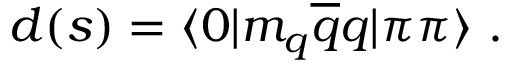
d ( s ) = \langle 0 | m _ { q } \overline { { { q } } } q | \pi \pi \rangle \ .